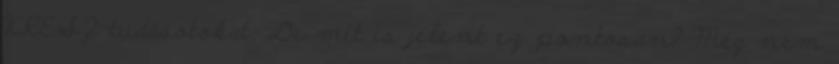
KRESZ-tudásotokat. De mit is jelent ez pontosan? Még nem